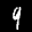
Label: 9